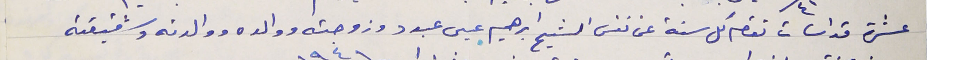
عشرة قداسات تقام كل سنة عن نفس الشيخ ابراهيم عيسى عبود وزوجته ووالده ووالدته وشقيقته